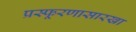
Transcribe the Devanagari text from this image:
प्रस्फूरणासारखा